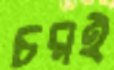
চরই